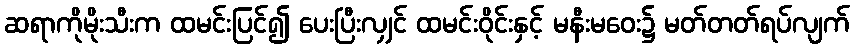
ဆရာကိုမိုးသီးက ထမင်းပြင်၍ ပေးပြီးလျှင် ထမင်းဝိုင်းနှင့် မနီးမဝေး၌ မတ်တတ်ရပ်လျက်